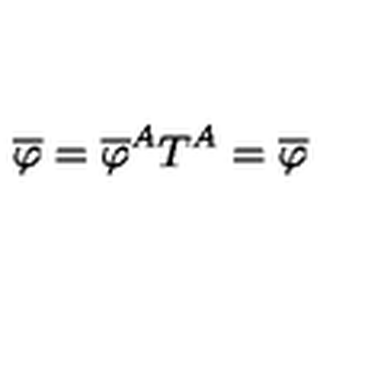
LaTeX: \overline { { \varphi } } = \overline { { \varphi } } ^ { A } T ^ { A } = \overline { { \varphi } }